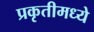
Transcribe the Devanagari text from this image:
प्रकृतीमध्येे